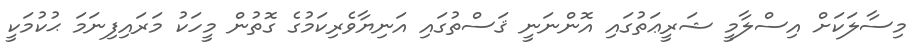
މިސާލަކަށް އިސްލާމީ ޝަރީޢަތުގައި އޮންނަނީ ޤަސްތުގައި އަނިޔާވެރިކަމުގެ ގޮތުން މީހަކު މަރައިފިނަމަ ޙުކުމަކީ